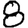
Digit: 8